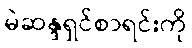
မဲဆန္ဒရှင်စာရင်းကို